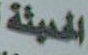
الحديثة